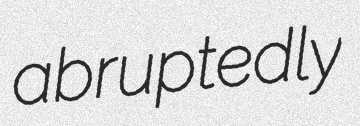
abruptedly